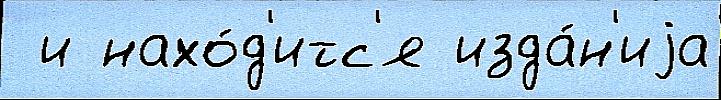
 и нахо́д'итс'я изда́н'иjа